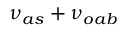
\nu _ { a s } + \nu _ { o a b }